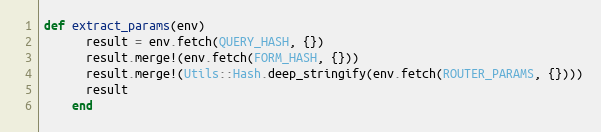
Language: Ruby
def extract_params(env)
      result = env.fetch(QUERY_HASH, {})
      result.merge!(env.fetch(FORM_HASH, {}))
      result.merge!(Utils::Hash.deep_stringify(env.fetch(ROUTER_PARAMS, {})))
      result
    end